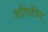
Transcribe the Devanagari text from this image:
अतिदंडित